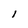
Character: l